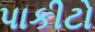
પાકીટો